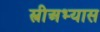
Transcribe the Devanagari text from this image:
स्त्रीअभ्यास